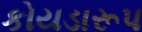
કોયડારૂપ